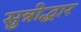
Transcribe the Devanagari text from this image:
सुत्रोद्धार